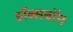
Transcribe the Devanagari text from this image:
हॉब्सबॉम